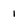
Character: 1